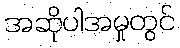
အဆိုပါအမှုတွင်